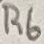
Text: R6